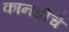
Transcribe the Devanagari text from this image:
कानडीचे